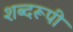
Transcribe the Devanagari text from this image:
शब्दरूपी